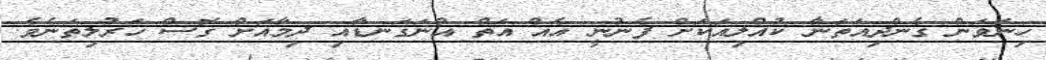
ހިނަވަން ގެންދިއަތަނާ ކުއްލިއަކަށް ފެނުނީ އެއް އަތް އުނަގަނޑާއި ދިމާއަށް ގޮސް ހަރުލިތަނެވެ.